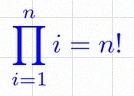
\prod_{i=1}^{n}i=n!